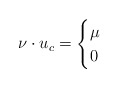
\begin{align*}\nu \cdot u_c = \begin{cases}\mu & \\0 & \end{cases}\end{align*}